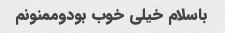
باسلام خیلی خوب بودوممنونم